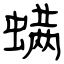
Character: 螨